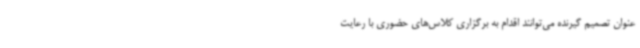
عنوان تصمیم گیرنده می‌توانند اقدام به برگزاری کلاس‌های حضوری با رعایت